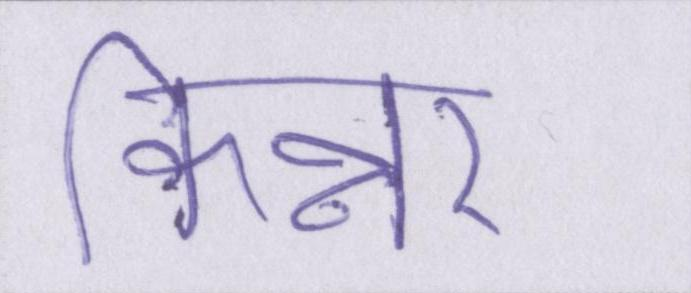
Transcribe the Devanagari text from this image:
किन्नर